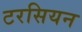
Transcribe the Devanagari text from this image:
टरसियन